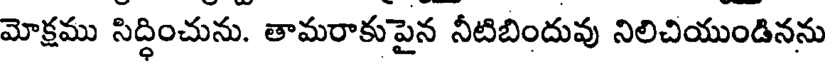
మోక్షము సిద్ధించును. తామరాకుపైన నీటిబిందువు నిలిచియుండినను